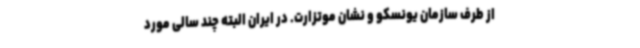
از طرف سازمان یونسکو و نشان موتزارت. در ایران البته چند سالی مورد